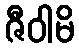
ဇီဝါမိ